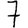
Digit: 7